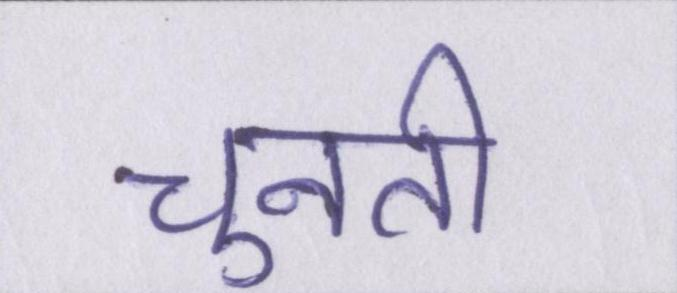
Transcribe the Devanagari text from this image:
चुनती